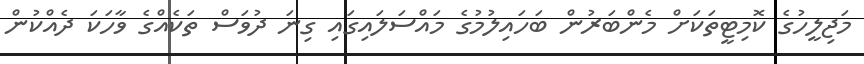
މަޖިލީހުގެ ކޮމިޓީތަކަށް މެންބަރުން ބަހައިލުމުގެ މައްސަލައިގައި ގިނަ ދުވަސް ތަކެއްގެ ވާހަކަ ދެއްކުން